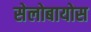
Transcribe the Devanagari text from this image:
सेलोबायोस